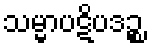
သမ္မာပဋိပဒဉ္စ